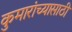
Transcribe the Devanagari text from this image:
कुमारांच्यासाठी